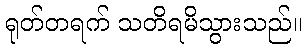
ရုတ်တရက် သတိရမိသွားသည်။